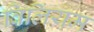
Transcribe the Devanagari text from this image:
विलिंयम